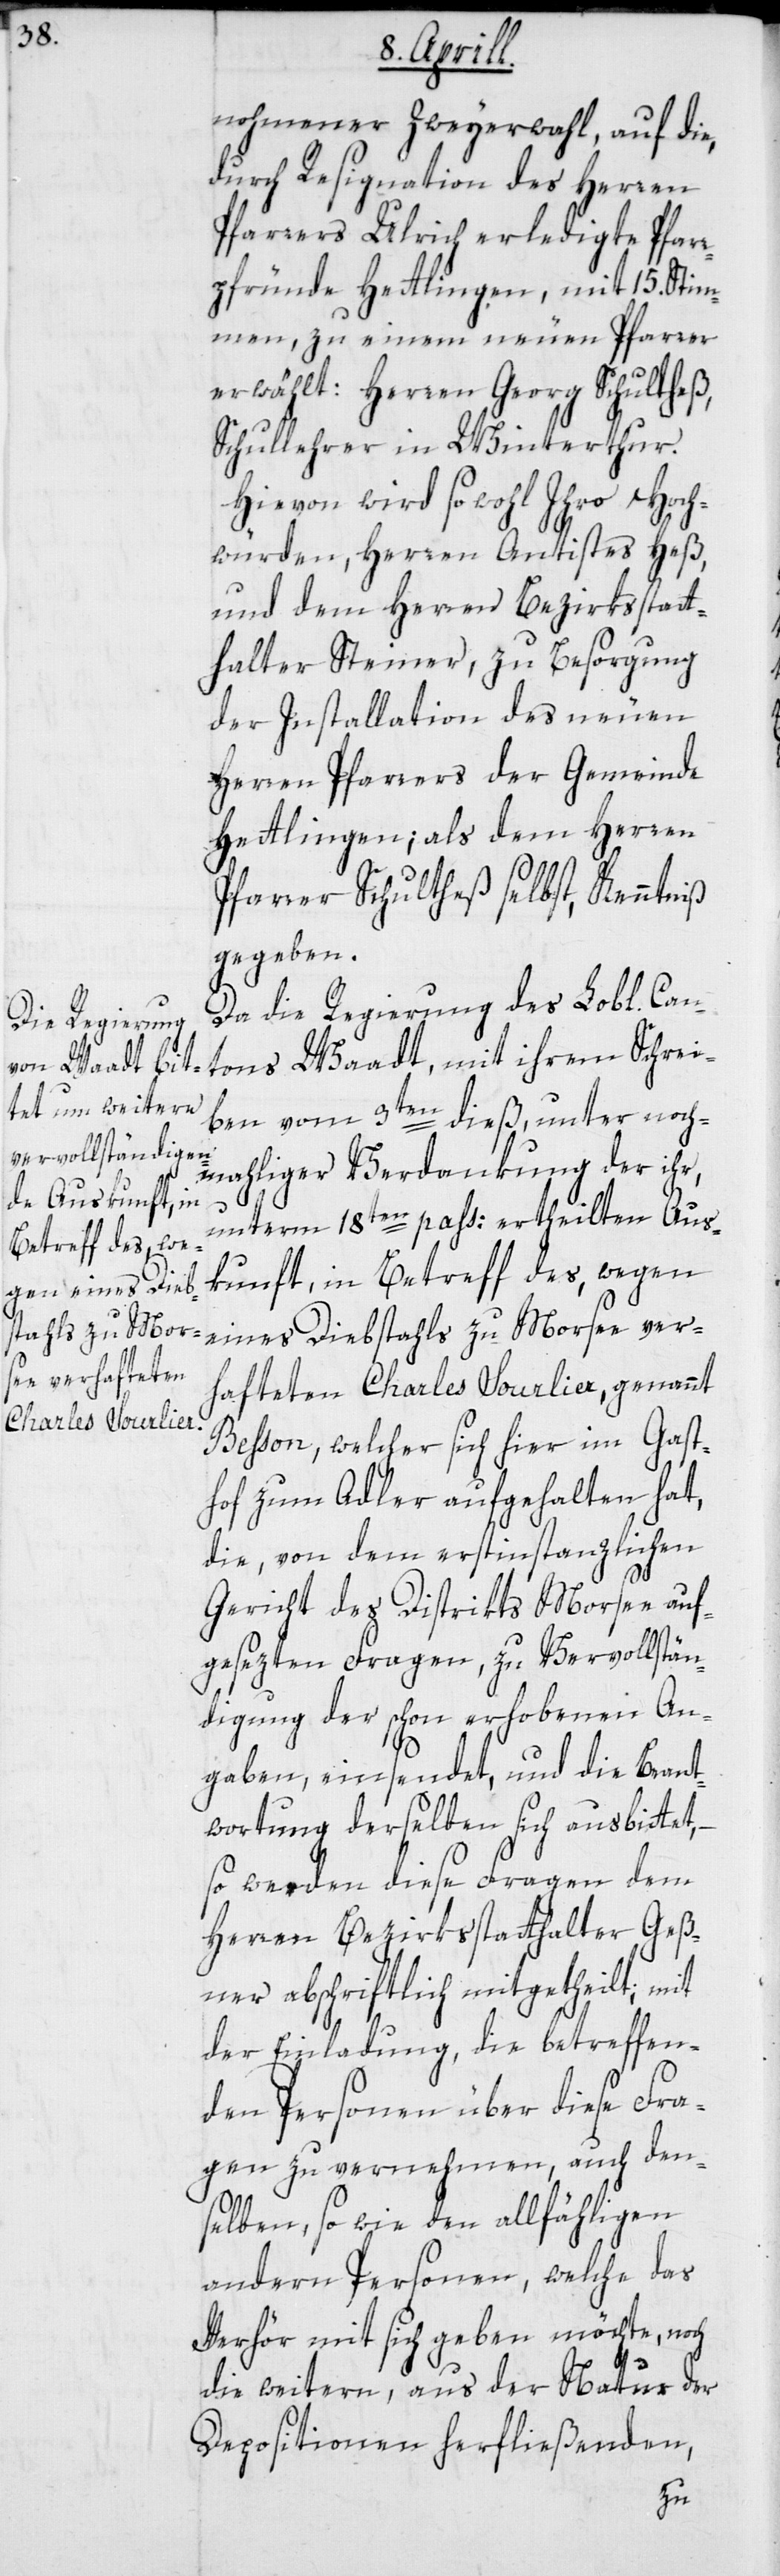
nohmener Zweyerwahl, auf die
durch Resignation des Herren
Pfarrers Ulrich erledigte Pfarr¬
pfründe Hettlingen, mit 15. Stim¬
men zu einem neuen Pfarrer
erwählt: Herren Georg Schultheß,
Schullehrer in Winterthur.
Hievon wird sowohl Ihro Hoch¬
würden, Herren Antistes Heß
und dem Herren Bezirksstatt¬
halter Steiner, zu Besorgung
der Installation des neuen
Herren Pfarrers der Gemeinde
Hettlingen; als dem Herren
Pfarrer Schultheß selbst, Kenntniß
gegeben.
Da die Regierung des Lobl. Can¬
tons Waadt mit ihrem Schrei¬
ben vom 3ten dieß, unter noch¬
mahliger Verdankung der ihr,
unterm 18ten pass. ertheilten Aus¬
kunft, in Betreff des, wegen
eines Diebstahls zu Morsee ver¬
hafteten Charles Sourlier, genannt
Besson, welcher sich hier im Gast¬
hof zum Adler aufgehalten hat,
die, von dem erstinstanzlichen
Gericht des Distrikts Morsee auf¬
gesezten Fragen, zu Vervollstän¬
digung der schon erhobenen An¬
gaben, einsendet, und die Beant¬
wortung derselben sich ausbittet,
so werden diese Fragen dem
Herren Bezirksstatthalter Geß¬
ner abschriftlich mitgetheilt, mit
der Einladung, die betreffen¬
den Personen über diese Fra¬
gen zu vernehmen, auch den¬
selben sowie den allfähligen
andern Personen, welche das
Verhör mit sich geben möchte, noch
die weitern, aus der Natur der
Depositionen herfließenden,